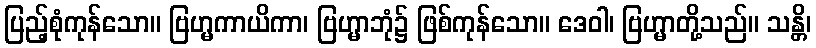
ပြည့်စုံကုန်သော။ ဗြဟ္မကာယိကာ၊ ဗြဟ္မာဘုံ၌ ဖြစ်ကုန်သော။ ဒေဝါ၊ ဗြဟ္မာတို့သည်။ သန္တိ၊